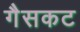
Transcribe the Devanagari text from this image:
गैसकट